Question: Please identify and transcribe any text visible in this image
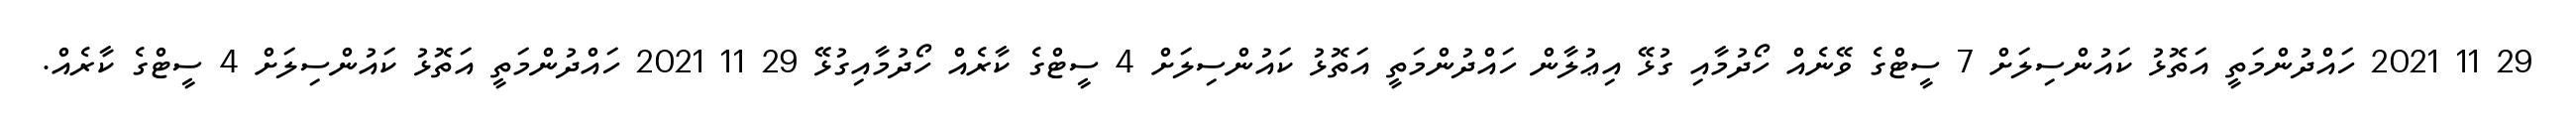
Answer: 29 11 2021 ހައްދުންމަތީ އަތޮޅު ކައުންސިލަށް 7 ސީޓްގެ ވޭނެއް ހޯދުމާއި ގުޅޭ އިޢުލާން ހައްދުންމަތީ އަތޮޅު ކައުންސިލަށް 4 ސީޓްގެ ކާރެއް ހޯދުމާއިގުޅޭ 29 11 2021 ހައްދުންމަތީ އަތޮޅު ކައުންސިލަށް 4 ސީޓްގެ ކާރެއް.